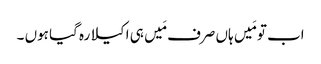
اب تو مَیں ہاں صرف مَیں ہی اکیلا رہ گیا ہوں ۔